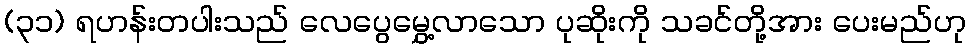
(၃၁) ရဟန်းတပါးသည် လေပွေမွှေ့လာသော ပုဆိုးကို သခင်တို့အား ပေးမည်ဟု